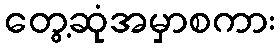
တွေ့ဆုံအမှာစကား